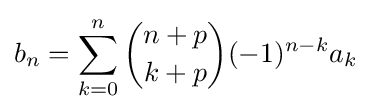
b_{n}=\sum _{k=0}^{n}{\binom {n+p}{k+p}}(-1)^{n-k}a_{k}